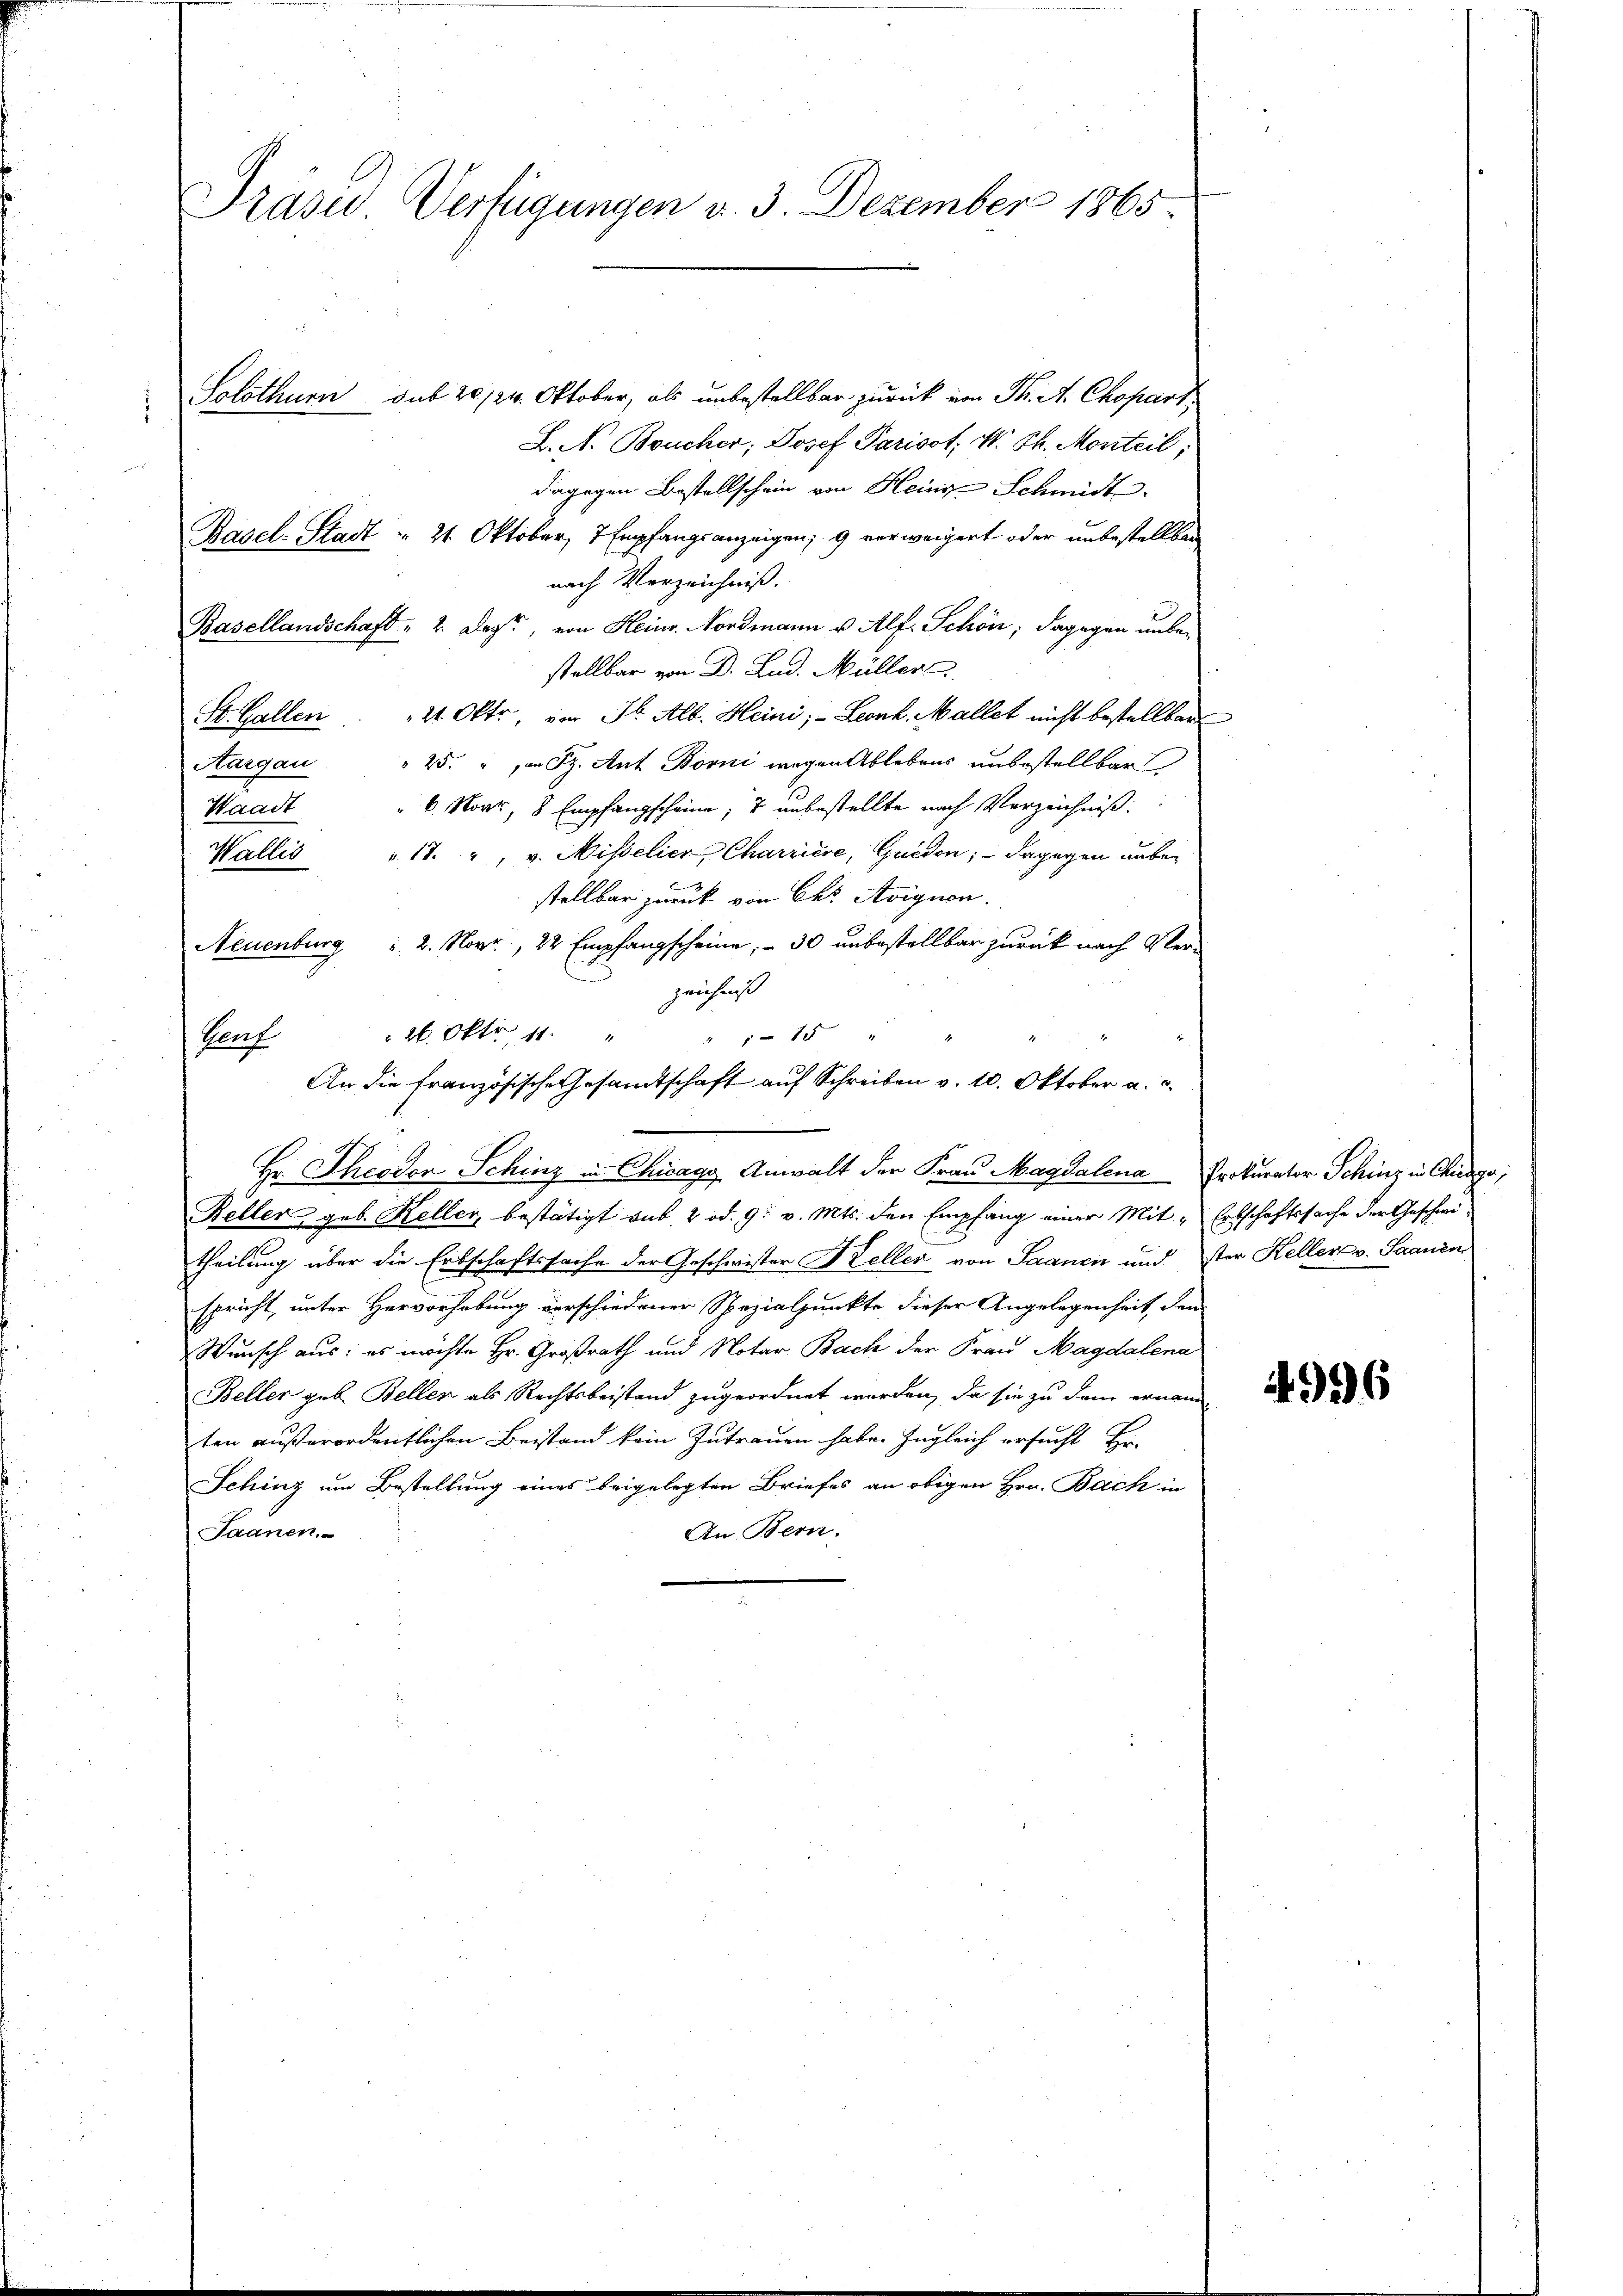
Präsed Verfügungen d. 3. Dezember 1865.

Solothurn sub 20./24. Oktober, als unbestellbar zurück von Ph. A. Chopart
L. N. Boucher, Josef Parisst; W. Th. Moriteil,
dagegen Bestellschein von Heine Schmidt
Basel-Stadt " 21. Oktober, 7 Empfangsanzeigen; 9 verweigert oder unbestellten
nach Verzeichniß.
Basellandschaft 2. Dezt, von Heinr. Nordmann u. Alf. Schön; dagegen unbestellbar von Dr. Lud. Müller
St. Gallen 21. Okto, von St. Alb. Heini; - Leonh. Mallet nicht bestellbar
Aargau. " 25. " " Sp. Ant Borni wegen Ablebens unbestellbar
Waadt " 6. Novr, 8 Empfangscheine, 7 unbestellte nach Verzeichniß:
Wallis 17. " v. Misselier, Charrière, Guidon; dagegen unbe-
stellbar zurück von Chr. Avignon.
Neuenburg  2. Novr., 22 Empfangscheine, - 30 unbestellbar zurück nach Ver-
zeichniß
 26. Oktr 11.
15
Herf
An die französische Gesamtschaft auf Schreiben v. 10. Oktober a. c.
Hr. Theodor Schinz in Chicago Anwalt der Frau Magdalena Prokurator Schinz in Churga
Beller geb. Keller bestätigt sub. 2 od. 9. v. Mts. den Empfang einer Mit Erbschaftssache der Geschwi
theilung über die Erbschaftssache der Geschwister Keller von Saanen und ster Keller v. Saanen
spricht, unter Hervorhebung verschiedener Spezialpunkte dieser Angelegenheit, den
Wunsch aus: es möchte Hr. Großrath und Notar Bach der Frau Magdalena
Beller geb. Beller als Rechtsbeistand zugeordnet werden, da sie zu dem ernann
ten außerordentlichen Beistand kein Zutrauen habe. Zugleich ersucht Hr.
Schinz um Bestellung eines beigelegten Briefes an obigen Hrn. Bach in
An Bern.
Saanen

4996